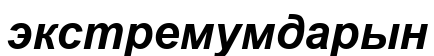
экстремумдарын